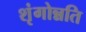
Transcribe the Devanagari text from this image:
शृंगोन्नति